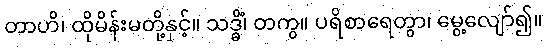
တာဟိ၊ ထိုမိန်းမတို့နှင့်။ သဒ္ဓိံ၊ တကွ။ ပရိစာရေတွာ၊ မွေ့လျော်၍။